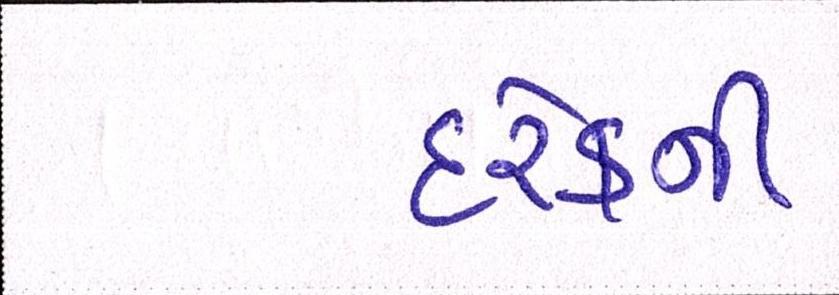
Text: દરેકની